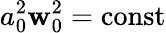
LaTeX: a_{0}^{2}\mathbf{w}_{0}^{2}=\mathrm{{const}}